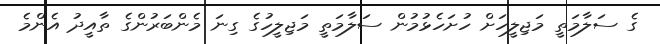
ގެ ސަލާމަތީ މަޖިލީހަށް ހުށަހެޅުމުން ސަލާމަތީ މަޖިލީހުގެ ގިނަ މެންބަރުންގެ ތާއީދު އެންމެ